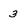
Character: 3